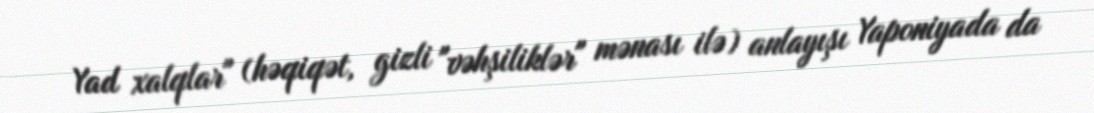
Yad xalqlar" (həqiqət, gizli "vəhşiliklər" mənası ilə) anlayışı Yaponiyada da